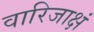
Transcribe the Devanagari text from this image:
वारिजाक्षं